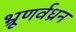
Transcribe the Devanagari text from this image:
भ्रूणर्वध्रन